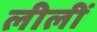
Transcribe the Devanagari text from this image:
लीलीं